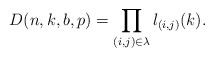
\begin{align*} D(n,k,b,p)=\prod_{(i,j) \in \lambda} l_{(i,j)}(k).\end{align*}